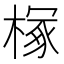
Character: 𪳘